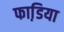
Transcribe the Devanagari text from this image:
फाडि़या